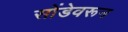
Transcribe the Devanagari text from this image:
सोंडेवरून